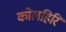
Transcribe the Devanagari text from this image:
कोलहिरि